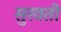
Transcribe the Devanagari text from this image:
सुरवती